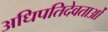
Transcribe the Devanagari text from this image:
अधिपतिदेवताओं